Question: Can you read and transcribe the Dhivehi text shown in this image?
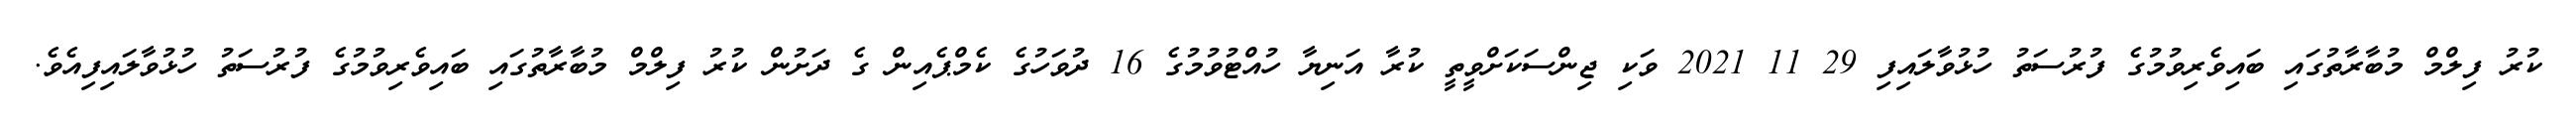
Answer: ކުރު ފިލްމް މުބާރާތުގައި ބައިވެރިވުމުގެ ފުރުސަތު ހުޅުވާލައިފި 29 11 2021 ވަކި ޖިންސަކަށްވީތީ ކުރާ އަނިޔާ ހުއްޓުވުމުގެ 16 ދުވަހުގެ ކެމްޕެއިން ގެ ދަށުން ކުރު ފިލްމް މުބާރާތުގައި ބައިވެރިވުމުގެ ފުރުސަތު ހުޅުވާލައިފިއެވެ.